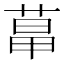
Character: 𦳱